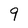
Character: 9